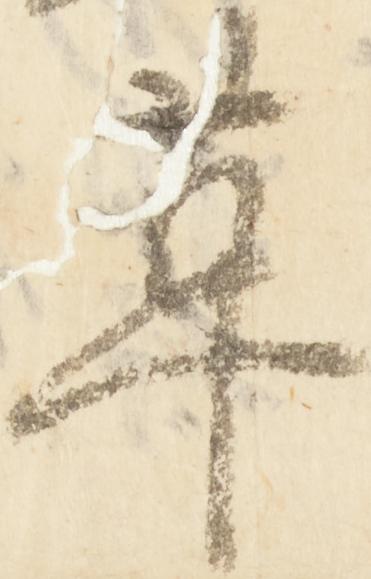
革